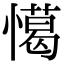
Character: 𢢖